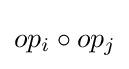
op_{i}\circ op_{j}